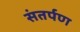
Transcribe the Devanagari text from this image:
संतर्पण